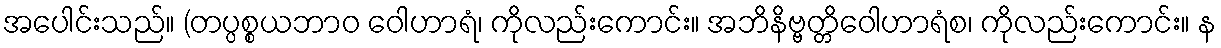
အပေါင်းသည်။ (တပ္ပစ္စယဘာဝ ဝေါဟာရံ၊ ကိုလည်းကောင်း။ အဘိနိဗ္ဗတ္တိဝေါဟာရံစ၊ ကိုလည်းကောင်း။ န